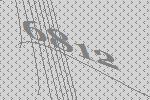
6812